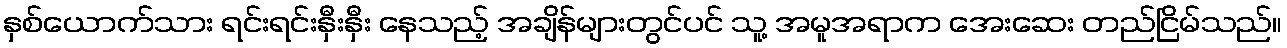
နှစ်ယောက်သား ရင်းရင်းနှီးနှီး နေသည့် အချိန်များတွင်ပင် သူ့ အမူအရာက အေးဆေး တည်ငြိမ်သည်။